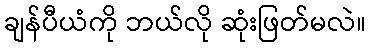
ချန်ပီယံကို ဘယ်လို ဆုံးဖြတ်မလဲ။